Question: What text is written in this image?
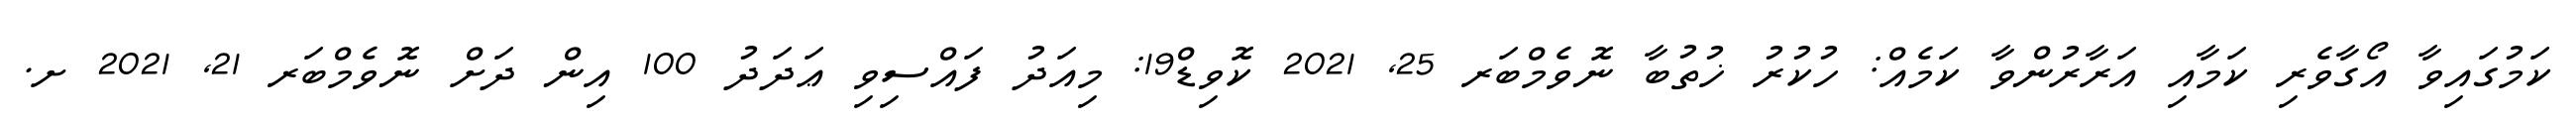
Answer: ކަމުގައިވާ އޯގާވެރި ކަމާއި އަރާރުންވާ ކަމެއް: ހުކުރު ޚުތުބާ ނޮވެމްބަރ 25, 2021 ކޮވިޑް19: މިއަދު ފައްސިވި ޢަދަދު 100 އިން ދަށް ނޮވެމްބަރ 21, 2021 ށ.